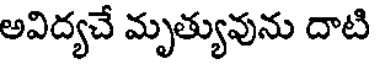
అవిద్యచే మృత్యువును దాటి